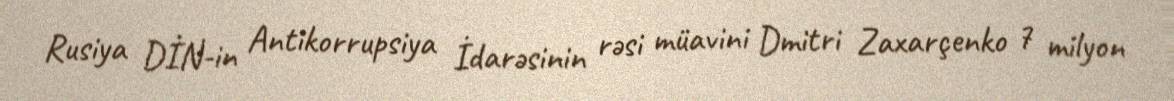
Rusiya DİN-in Antikorrupsiya İdarəsinin rəsi müavini Dmitri Zaxarçenko 7 milyon